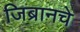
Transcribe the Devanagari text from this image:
जिब्रानचे